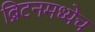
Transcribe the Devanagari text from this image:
ब्रिटनमध्येच